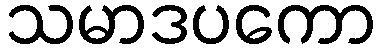
သမာဒပကော